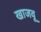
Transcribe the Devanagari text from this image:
खाजवू